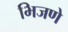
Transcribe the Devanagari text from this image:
भिजणे